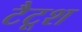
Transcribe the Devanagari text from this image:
टैटूश